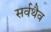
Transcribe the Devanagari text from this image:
सर्वथैव